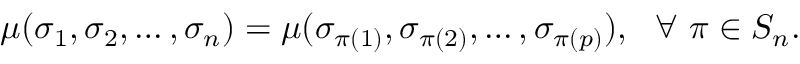
\mu ( \sigma _ { 1 } , \sigma _ { 2 } , \ldots , \sigma _ { n } ) = \mu ( \sigma _ { \pi ( 1 ) } , \sigma _ { \pi ( 2 ) } , \ldots , \sigma _ { \pi ( p ) } ) , ~ ~ \forall ~ \pi \in S _ { n } .